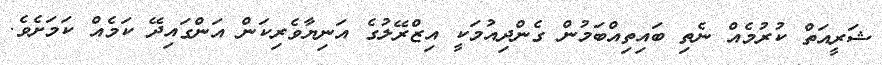
ޝަރީއަތް ކުރުމެއް ނެތި ބައިތިއްބަމުން ގެންދިއުމަކީ އިޒްރޭލުގެ އަނިޔާވެރިކަން އަންގައިދޭ ކަމެއް ކަމަށެވެ.